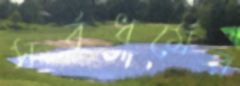
সর্বধর্মের